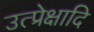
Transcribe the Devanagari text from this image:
उत्प्रेक्षादि